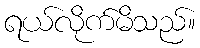
ရယ်လိုက်မိသည်။